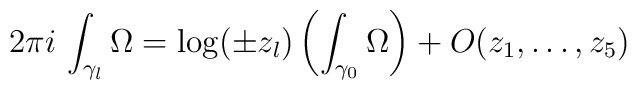
2\pi i\,\int_{\gamma_l}\Omega= \log(\pm        z_l)\left(\int_{\gamma_0}\Omega\right) + O(z_1,\dots,z_5)